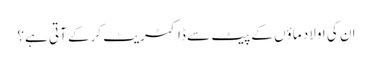
ان کی اولاد ماؤں کے پیٹ سے ڈاکٹریٹ کرکے آتی ہے؟